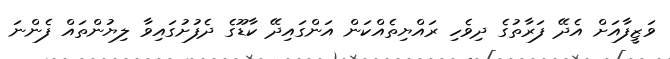
ވަޒީފާއަށް އެދޭ ފަރާތުގެ ދިވެހި ރައްޔިތެއްކަން އަންގައިދޭ ކާޑޫގެ ދެފުށުގައިވާ ލިޔުންތައް ފެންނަ